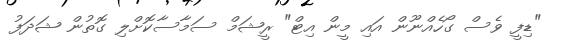
"ޑިފީ ވެސް ގޯހެއްނޫން އައި މީން އިޓް" ރީޝަމް ސަމާސާކޮށްލި ގޮތުން ޝަދަފު